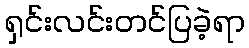
ရှင်းလင်းတင်ပြခဲ့ရာ